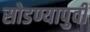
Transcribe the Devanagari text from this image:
सोडण्यापुर्वी